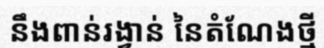
នឹងពាន់រង្វាន់ នៃតំណែងថ្មី